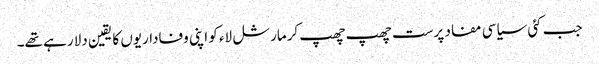
جب کئی سیاسی مفاد پرست چھپ چھپ کرمارشل لاء کو اپنی وفاداریوں کا یقین دلا رہے تھے۔